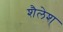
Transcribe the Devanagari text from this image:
शैलेश्